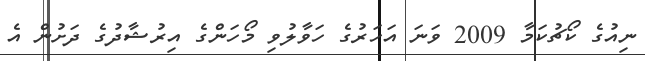
ނިއުގެ ކޯޗުކަމާ 2009 ވަނަ އަހަރުގެ ހަވާލުވި މޯހަންގެ އިރުޝާދުގެ ދަށުން އެ